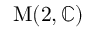
\operatorname { M } ( 2 , \mathbb { C } )